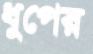
ধুপের